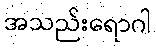
အသည်းရောဂါ